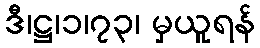
ဒီ၊ဋ္ဌ၊၁၊၇၃၊ မှယူရန်